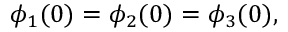
\phi _ { 1 } ( 0 ) = \phi _ { 2 } ( 0 ) = \phi _ { 3 } ( 0 ) ,